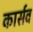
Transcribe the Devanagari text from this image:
कार्सव